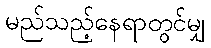
မည်သည့်နေရာတွင်မျှ